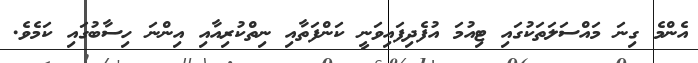
އެންމެ ގިނަ މައްސަލަތަކުގައި ޓިއުމަ އުފެދިފައިވަނީ ކަންފަތާއި ނިތްކުރިއާއި އިންނަ ހިސާބުގައި ކަމެވެ.